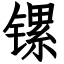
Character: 镙